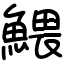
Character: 鰃